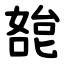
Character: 㗠